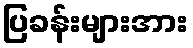
ပြခန်းများအား